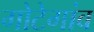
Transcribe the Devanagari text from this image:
गोटेगांव